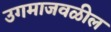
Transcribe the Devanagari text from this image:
उगमाजवळील